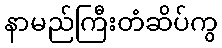
နာမည်ကြီးတံဆိပ်ကွ